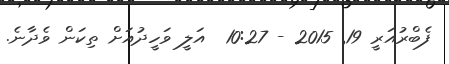
ފެބްރުއަރީ 19